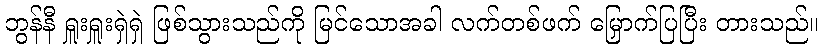
ဘွန်နီ ရှူးရှူးရှဲရှဲ ဖြစ်သွားသည်ကို မြင်သောအခါ လက်တစ်ဖက် မြှောက်ပြပြီး တားသည်။